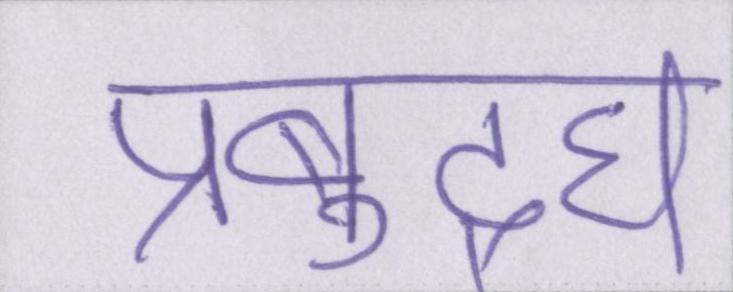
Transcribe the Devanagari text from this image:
प्रबुद्घ